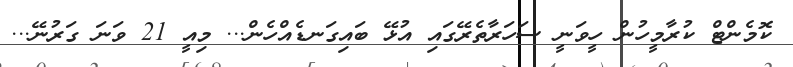
ކޮމެންޓް ކުރާމީހުން ހީވަނީ ސަހަރާތެރޭގައި އުޅޭ ބައިގަނޑެއްހެންް... މިއީ 21 ވަނަ ގަރުނޭ...